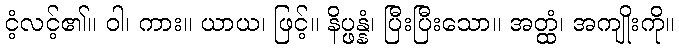
ငံ့လင့်၏။ ဝါ၊ ကား။ ယာယ၊ ဖြင့်။ နိပ္ဖန္နံ၊ ပြီးပြီးသော။ အတ္ထံ၊ အကျိုးကို။